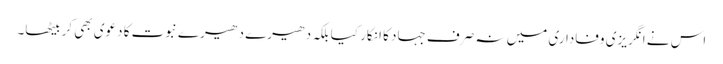
اس نے انگریزی وفاداری میں نہ صرف جہاد کا انکار کیا بلکہ دھیرے دھیرے نبوت کا دعوی بھی کر بیٹھا۔